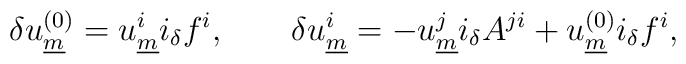
\delta u^{(0)}_{\underline{m}} =u^i_{\underline{m}}i_\delta f^i, \qquad \delta u^{i}_{\underline{m}} = -u^j_{\underline{m}} i_\delta A^{ji} + u^{(0)}_{\underline{m}}i_\delta f^i,